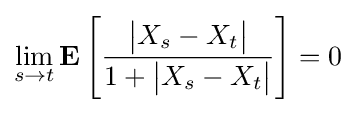
\lim _{s\to t}\mathbf {E} \left[{\frac {{\big |}X_{s}-X_{t}{\big |}}{1+{\big |}X_{s}-X_{t}{\big |}}}\right]=0